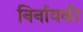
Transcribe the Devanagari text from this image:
निर्नायकी